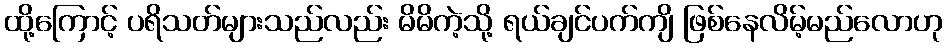
ထို့ကြောင့် ပရိသတ်များသည်လည်း မိမိကဲ့သို့ ရယ်ချင်ပက်ကျိ ဖြစ်နေလိမ့်မည်လောဟု